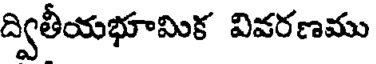
ద్వితీయభూమిక వివరణము